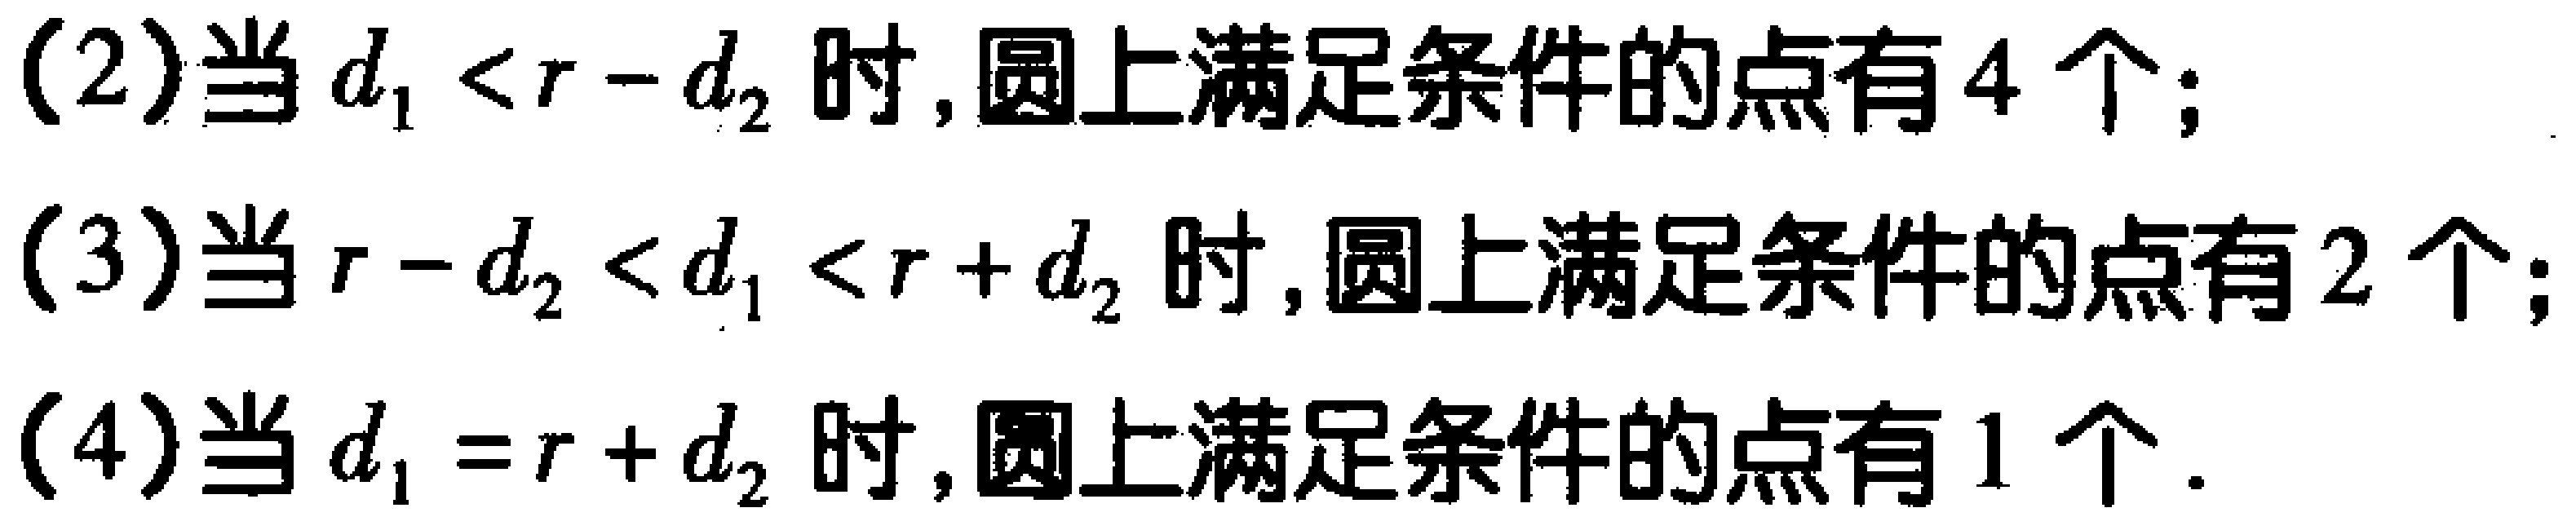
(2) 当 \(d_{1}<r - d_{2}\) 时, 圆上满足条件的点有 \(4\) 个;
(3) 当 \(r - d_{2}<d_{1}<r + d_{2}\) 时, 圆上满足条件的点有 \(2\) 个;
(4) 当 \(d_{1}=r + d_{2}\) 时, 圆上满足条件的点有 \(1\) 个.